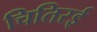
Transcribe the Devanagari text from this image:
चितिरई